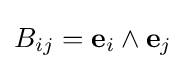
B_{ij}=\mathbf {e} _{i}\wedge \mathbf {e} _{j}